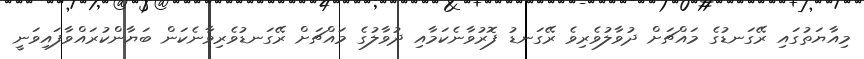
މިއާޔަތުގައި ރޭގަނޑުގެ މައްޗަށް ދުވާލުވެރިވެ ރޭގަނޑު ފޮރުވާނެކަމާއި ދުވާލުގެ މައްޗަށް ރޭގަނޑުވެރިވާނެކަން ބަޔާންކުރައްވާފައިވަނީ